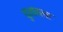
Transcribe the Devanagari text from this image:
चुनावला